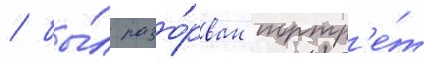
/ бы́л разо́рван портр'е́т